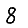
Digit: 8